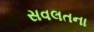
સવલતના